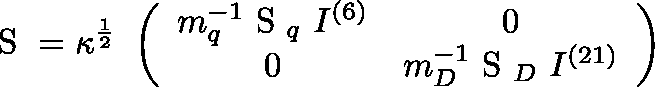
\mathrm { \boldmath ~ S ~ } = \kappa ^ { \frac { 1 } { 2 } } ~ \left( \begin{array} { c c } { { m _ { q } ^ { - 1 } { \mathrm { \boldmath ~ S ~ } } _ { q } ~ I ^ { ( 6 ) } } } & { { 0 } } \\ { { 0 } } & { { m _ { D } ^ { - 1 } { \mathrm { \boldmath ~ S ~ } } _ { D } ~ I ^ { ( 2 1 ) } } } \end{array} \right)